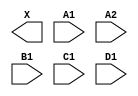
module sky130_fd_sc_hd__a2111o (
    X ,
    A1,
    A2,
    B1,
    C1,
    D1
);

    output X ;
    input  A1;
    input  A2;
    input  B1;
    input  C1;
    input  D1;

    // Voltage supply signals
    supply1 VPWR;
    supply0 VGND;
    supply1 VPB ;
    supply0 VNB ;

endmodule